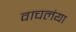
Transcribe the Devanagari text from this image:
वाचलंया